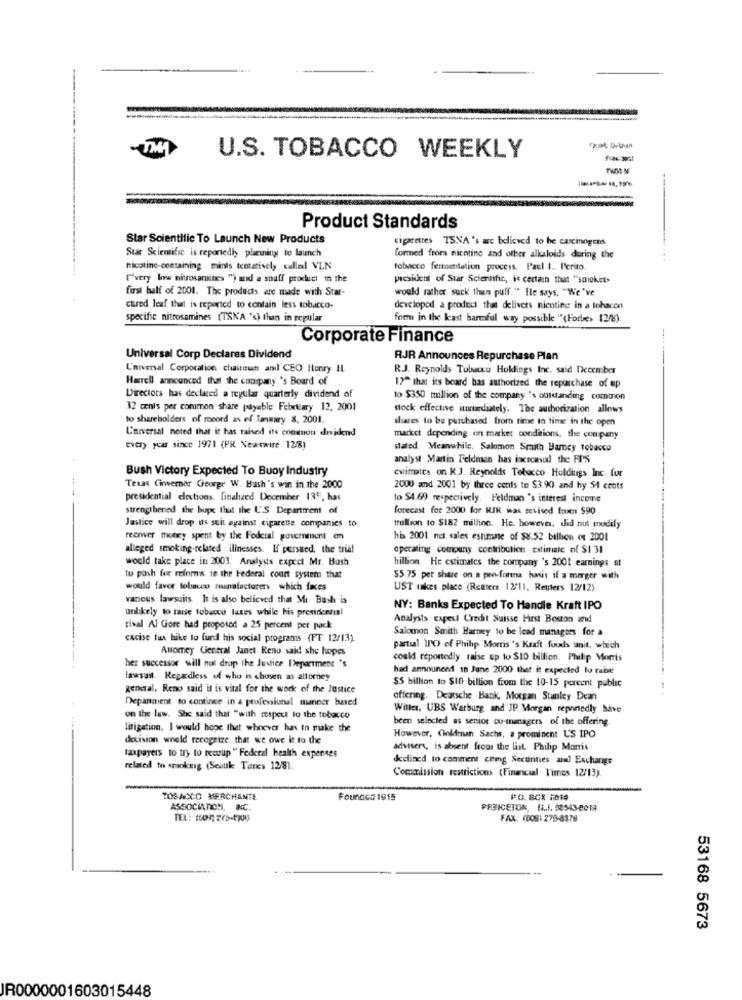
U.S. TOBACCO WEEKLY
~14,19%
Product Standards
Star Scientific To Launch New Products
cigarettes TSNA 's ac believed to he carcinogens
Suar Scientific is reportedly planning to launch
formed from nicotine and other alkaloids during the
nicotine-containing minis temaively called VLN
tobacco fermentation process. Paul I .. I'crito.
C'very Ine nitrosamines ") and a staff product in the
president of Star Scientific, is certain that "smoket>
first half of 2001. The products are made with Star-
would rather suck thun puff." Ile says, "We've
ctred leaf that is reported to contain less tobacco-
developed a product that delivers nicotine in a tehacen
specific nitrosamines (TSNA 's) than in regular
form in the kast harmful way possible "(Forbe> 12/8).
Corporate Finance
Universal Corp Declares Dividend
RJR Announces Repurchase Plan
Universal Corporation chairman and CEO Herry IL
RJ. Reynolds Tubaccu Holdings Inc. said December
Harell announced that the company 's Board of
17" that its board bas authorized the repurchase of up
Directors has declared a regular quarterly dividend of
to $350 million of the company 's outstanding comtnon
32 cents per common share payable February 12. 2001
stock effective itunadiately. The authorization allows
to shareholders of record as ef January 8, 2001.
shares to be purchased from time to time in the open
L'arversal noted that it has raised its connou dividend
market depending on market conditions. the company
every year since 1971 (PR Newswire 12/8)
stated. Meanwhile, Salomon Smith Barney tobacco
analyst Martin Feldmen has icicaval the FI'S
Bush Victory Expected To Buoy Industry
ewiitrates on K.J. Reynolds Tobacco Holdings Inc. fur
Texas Cinverner George W. Bush's win in the 2000
2000 and 2001 by three cents to $3.90 and by 54 cents
presidential elections. finalized December 135. har
to $4.69 respectively. Feldman 's interest income
strengthened the hope that the U'S Department of
forecast for 2000 for RIK was revised from $90
Justice will drop ils suit against cigarette companies to
million to $182 million. He. however, did nut modify
recover money spent by the Federal government em
his 2001 net sales estimate of $8.52 billion of 2001
alleged smoking-related illnesses. If persued, the trial
operating company contribution estimate of $1 31
would take place in 2003. Analysts capcel Mr. Bush
hillion. He estimates the company 's 2001 earnings st
to push for reform's in the Federal court system that
55.75 per share on a pre-forma hanis if a merger with
would favor tobacco manufacturer> which fixes
UST takes place (Reuters 12/11, Reuters 12/12).
vanous lawsuits. It is also believed that Mi. Bush is
unlikely to raise tobacco luxes while his presidential
NY: Banks Expected To Handle Kraft IPO
Analysts capell Credit Suisse First Boston and
rival Al Gore had proposed a 25 percent per pack
Salomon Smith Barney to be lead managers for a
cacise tua hike to fund his social programs (FT 12/13).
Anomey General Janet Reno said she hopes
partial INO of Philip Morris 's Kraft foods unit, which
could reportedly raise up to $10 billion. Philip Morris
her successor will not drop the Justice Department 's
had announend in June 2000 thet it expected to tube
lawsuit. Regardless of who is chosen as attorney
general. Reno said it is vital for the work of the Justice
$5 billion to $10 billion from the 10-15 percent public
Department to contince in a professional minner based
offering. Deutsche Bank, Morgan Stanley Dean
Willer. UBS Warburg and JP Morgan reponedly have
on the law. She said that "with respect to the tobacco
been selected as senior co-managers of the offering.
litigation. I would hope that whoever has to make the
decision would recognize that we owe it to the
However, Goldman Sachs, a prominent U'S IPO
advisers, is absent from the list. Philip Morris
taxpayers to try to recoup " Federal health expenses
declined to comment citing Securities and Exchange
related to smoking (Sesuk Tunes 128).
Commission restrictions (Financial Times 12/13).
TOBACCO MERCHANTE
Foundco 1915
ASSOCIATION, INC.
PREICETON, HI .. I. 98343-2018
FAX: (008)275-8379
53168 5673
IR0000001603015448